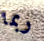
ربما